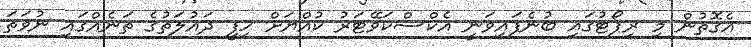
އެގޮތުން މި ރިޕޯޓުގައި ބުނެފައިވަނީ އެކްސްކަވޭޓަރު ކުއްޔަށް ހިފީ ދައުލަތުގެ ތަނެއްގައި ނުވަތަ